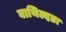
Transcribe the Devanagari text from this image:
बाथिल्दडा